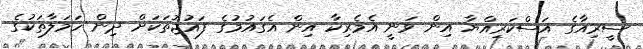
ސީރިއާގެ އަސްކަރިއްޔާ އިން ވަނީ އެމެރިކާ އިން އެގައުމުގެ ފައުޖުތަކަށް ދިން ހަމަލާތަކުގެ